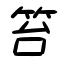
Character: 笞